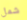
شمل